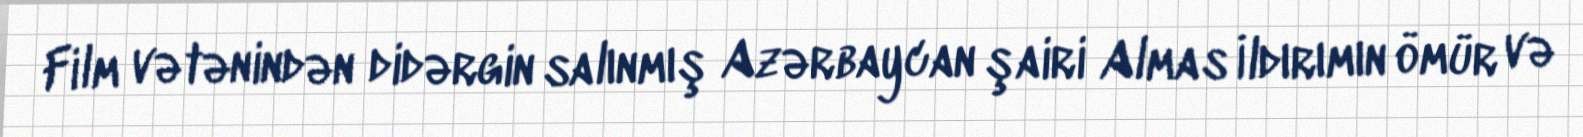
Film vətənindən didərgin salınmış Azərbaycan şairi Almas İldırımın ömür və